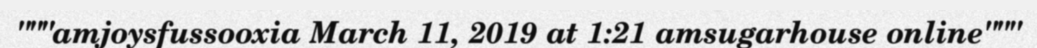
"""amjoysfussooxia March 11, 2019 at 1:21 amsugarhouse online"""